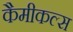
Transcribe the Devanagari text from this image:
कैमीकल्स